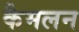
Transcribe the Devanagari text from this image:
कैमलन